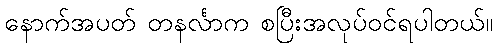
နောက်အပတ် တနင်္လာက စပြီးအလုပ်ဝင်ရပါတယ်။